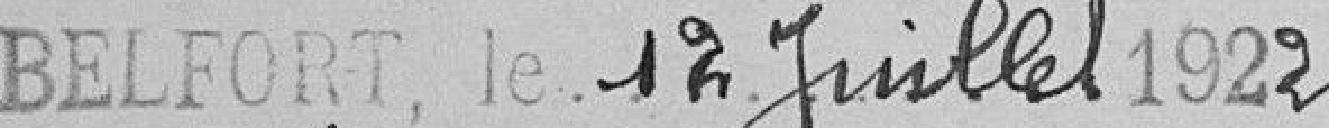
Belfort, le 12 juillet 1922